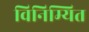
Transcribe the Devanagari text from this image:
विनिम्यित